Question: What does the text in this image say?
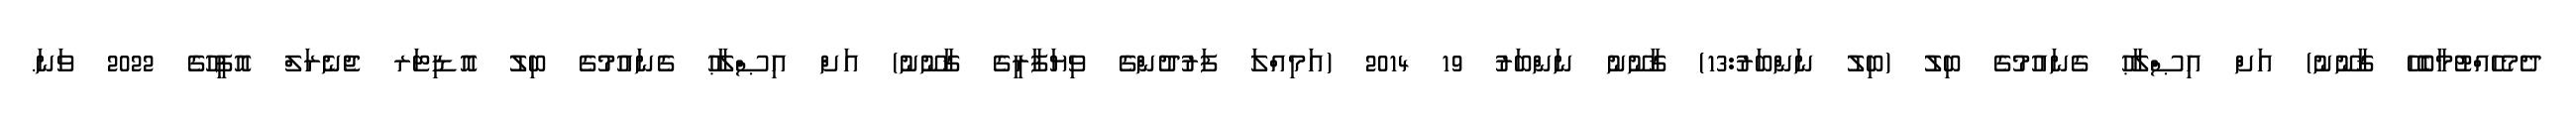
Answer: ދެމެހެއްޓުމާބެހޭ ޤާނޫނު) އަށް އިޞްލާޙު ގެނައުމުގެ ބިލު (ބިލު ނަންބަރު:13) ޤާނޫނު ނަންބަރު 19 2014 (އަމިއްލަ ފަރުދުންގެ ވިޔަފާރީގެ ޤާނޫނު) އަށް އިޞްލާޙު ގެނައުމުގެ ބިލު އޮޑިޓަރ ޖެނެރަލް އޮފީހުގެ 2022 ވަނަ.